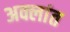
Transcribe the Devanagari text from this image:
अक्लांत